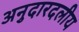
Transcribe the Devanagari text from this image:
अनुदारदलीय